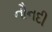
નૌનદી